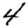
Digit: 4